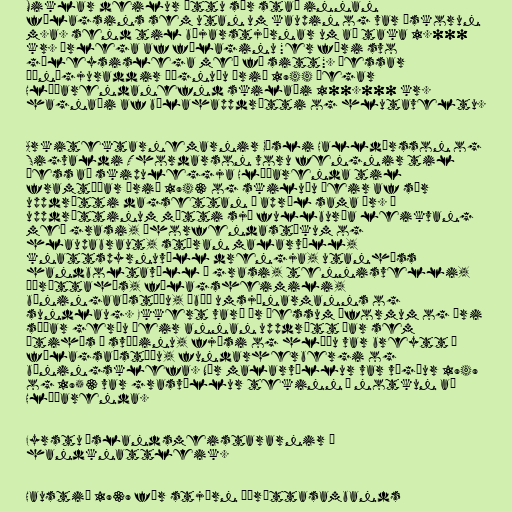
Miklar deilur áttu sér stað innan
félagsins sem utan um kaupin og var áskorun
m.a. send til bæjarstjórnar um að taka 1.000
kr. árlega af félaginu "er færi svo
gáleysislega með fé sitt". Þessar
óánægjuraddir þögnuðu árið 1944 þegar
Hlíðarendanefnd skilaði 100.000 kr.
hagnaði af bílahappdrætti og hlutaveltu.

Arkitektarnemarnir Gísli Halldórsson og
Sigvaldi Thordarson voru fengnir til
þess að skipuleggja Hlíðarenda til
framtíðar árið 1943 og skiluðu þeir af sér
uppdrátti dagsettan í apríl sama ár. Á
uppdrættinum mátti sjá fullburða leikvang
með grasi, áhorfendastúkum og
hlaupabraut, stóran malarvöll,
knattspyrnuvöll drengja, utanhúss
handboltavöll á grasi, tennisvelli,
íþróttahús, félagsheimili,
búningaaðstöðu, íbúð umsjónarmanns og
sundlaug. Ekkert varð úr þessum áformum og ári
síðar gerðu þeir annan uppdrátt þar sem
útihús á svæðinu, fjósi og hlöðu var breytt í
félagsaðstöðu, fundarherbergi og
búningsklefa. Nýr malarvöllur var vígður 1949
og 1953 var grasvöllur tekinn í notkun að
Hlíðarenda.

Fyrstu Íslandsmeistararnir í
handknattleik.

Haustið 1939 fór stjórn Íþróttasambands